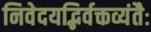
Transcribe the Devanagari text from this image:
निवेदयद्भिर्वक्तव्यंतैः